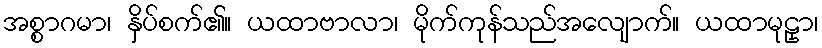
အစ္စာဂမာ၊ နှိပ်စက်၏။ ယထာဗာလာ၊ မိုက်ကုန်သည်အလျောက်။ ယထာမုဠှာ၊